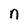
Character: n